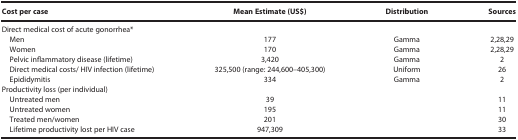
<table><thead><tr><td><b>Cost per case</b></td><td><b>Mean Estimate (US$)</b></td><td><b>Distribution</b></td><td><b>Sources</b></td></tr></thead><tbody><tr><td>Direct medical cost of acute gonorrhea*</td><td></td><td></td><td></td></tr><tr><td> Men</td><td>177</td><td>Gamma</td><td>2,28,29</td></tr><tr><td> Women</td><td>170</td><td>Gamma</td><td>2,28,29</td></tr><tr><td> Pelvic inflammatory disease (lifetime)</td><td>3,420</td><td>Gamma</td><td>2</td></tr><tr><td> Direct medical costs/ HIV infection (lifetime)</td><td>325,500 (range: 244,600–405,300)</td><td>Uniform</td><td>26</td></tr><tr><td> Epididymitis</td><td>334</td><td>Gamma</td><td>2</td></tr><tr><td>Productivity loss (per individual)</td><td></td><td></td><td></td></tr><tr><td> Untreated men</td><td>39</td><td></td><td>11</td></tr><tr><td> Untreated women</td><td>195</td><td></td><td>11</td></tr><tr><td> Treated men/women</td><td>201</td><td></td><td>30</td></tr><tr><td> Lifetime productivity lost per HIV case</td><td>947,309</td><td></td><td>33</td></tr></tbody></table>